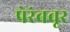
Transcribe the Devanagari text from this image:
पेरंबवूर